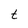
Character: t